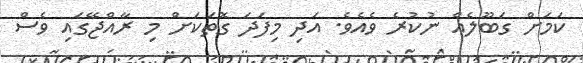
ކަމަށް ގަބޫލެއް ނުކުރެ ވެއެވެ. އަދި މިފަދަ ގޮތަކަށް މި ރާއްޖޭގައި ވެސް